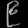
Digit: ၉